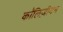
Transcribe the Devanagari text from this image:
कॉलिज़ीयम